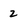
Character: 2